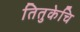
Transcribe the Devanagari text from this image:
तितुकेचि